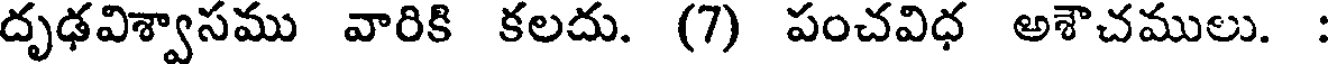
దృఢవిశ్వాసము వారికి కలదు. (7) పంచవిధ అశౌచములు.